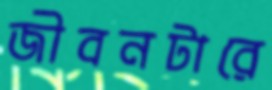
জীবনটারে